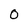
Character: 0